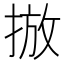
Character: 𱠓